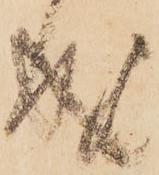
成